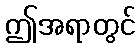
ဤအရာတွင်